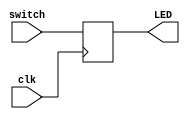
module Sw_Debug(                //This module lights up the LEDs corresponding to a user's input 
                                //(where the input is a byte to be stored in the FIFO)
    input  switch,         //Input byte (each switch represents a bit)
    input clk,
    output reg LED       //LEDs for each bit
);
    
    always@(posedge clk)
        LED <= switch;

    
endmodule